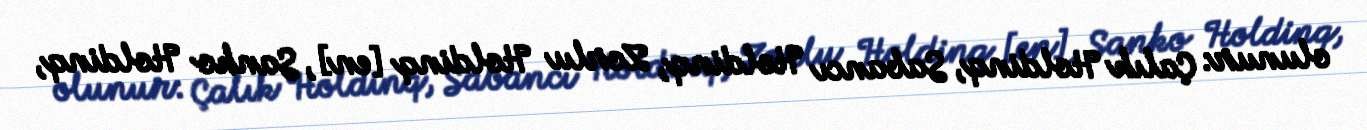
olunur: Çalık Holdinq, Sabancı Holdinq, Zorlu Holdinq [en], Sanko Holdinq,